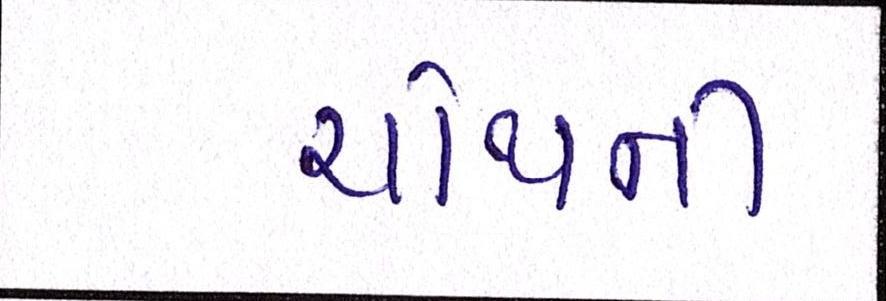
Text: ચોથની